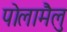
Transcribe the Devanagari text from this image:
पोलामैलु